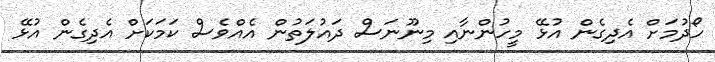
ހޯދުމަށް އެދިގެން އުޅޭ މީހުންނާއި މިނޫނަސް ދައުލަތުން އެއްވެސް ކަމަކަށް އެދިގެން އުޅޭ